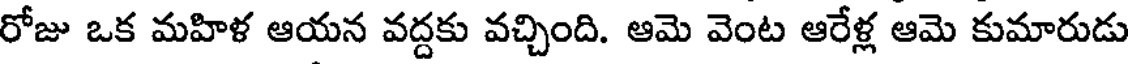
రోజు ఒక మహిళ ఆయన వద్దకు వచ్చింది. ఆమె వెంట ఆరేళ్ల ఆమె కుమారుడు